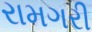
રામગરી